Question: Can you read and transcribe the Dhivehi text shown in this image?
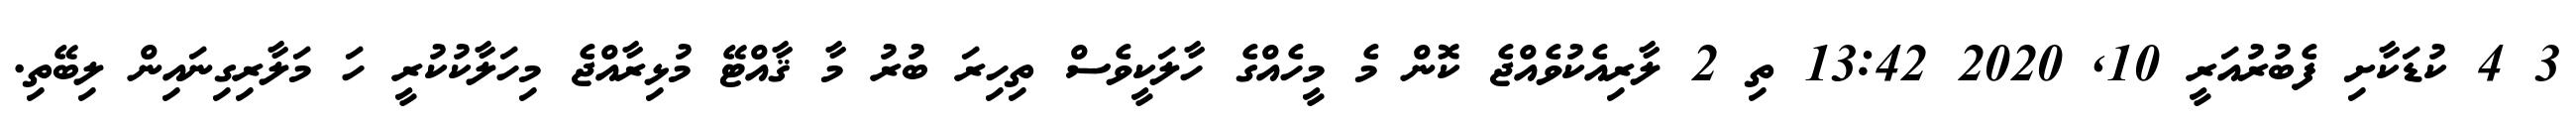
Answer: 3 4 ކުޑަކާށި ފެބުރުއަރީ 10, 2020 13:42 ތި 2 ލާރިއެކުވެއްޖެ ކޮން މެ މީހެއްގެ ހާލަކީވެސް ތިހިރަ ބުރު މާ ޤާއްޓޭ މުޅިރާއްޖެ މިހަލާކުކުރީ ހަ މަލާރިގިނައިން ލިބޭތި.